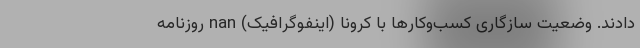
دادند‌. وضعیت سازگاری کسب‌وکارها با کرونا (اینفوگرافیک) nan روزنامه